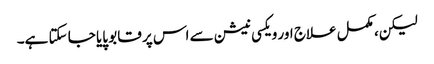
لیکن، مکمل علاج اور ویکسی نیشن سے اس پر قابو پایا جا سکتا ہے۔